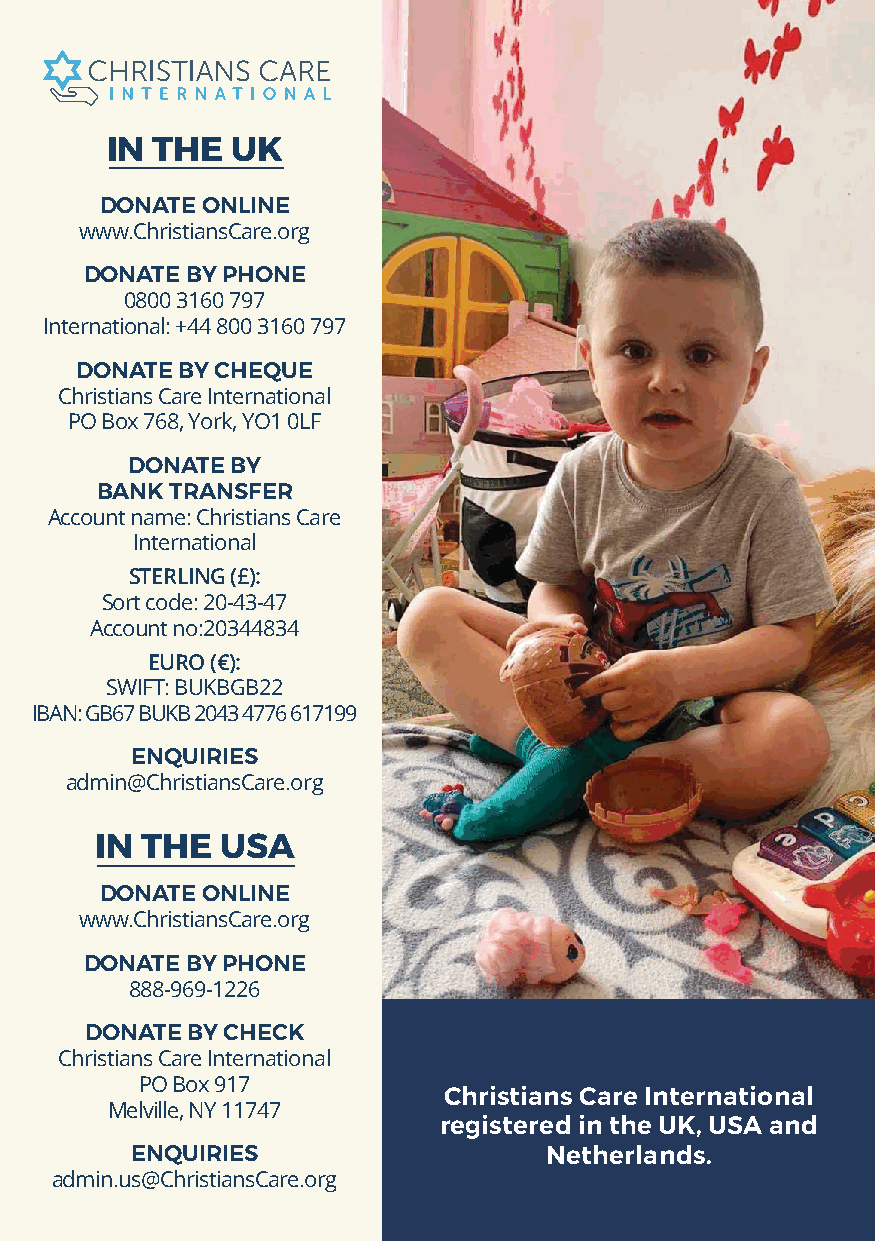
IN THE  UK
 DONATE ONLINE
 www.ChristiansCare.org
 DONATE BY PHONE
 0800 3160 797
 International: +44 800 3160 797
 DONATE BY CHEQUE
 Christians Care International
 PO Box 768, York, YO1 0LF
 DONATE BY
 BANK TRANSFER
 Account name: Christians Care
 International
 STERLING (£):
 Sort code: 20-43-47
 Account no:20344834
 EURO (€):
 SWIFT: BUKBGB22
 IBAN: GB67 BUKB 2043 4776 617199
 ENQUIRIES
 admin@ChristiansCare.org
 IN THE   USA
 DONATE ONLINE
 www.ChristiansCare.org
 DONATE BY PHONE
 888-969-1226
 DONATE BY CHECK
 Christians Care International
 PO Box 917
 Christians Care International
 Melville, NY 11747
 registered in the UK, USA and
 ENQUIRIES                  Netherlands.
 admin.us@ChristiansCare.org